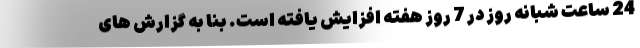
24 ساعت شبانه روز در 7 روز هفته افزایش یافته است. بنا به گزارش های